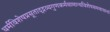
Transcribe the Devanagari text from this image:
धर्मविशेषप्रसूताद्द्रव्यगुणकर्मसामान्यविशेषसमवायानां